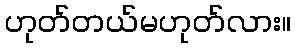
ဟုတ်တယ်မဟုတ်လား။